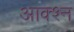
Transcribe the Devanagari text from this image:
आक्श्न